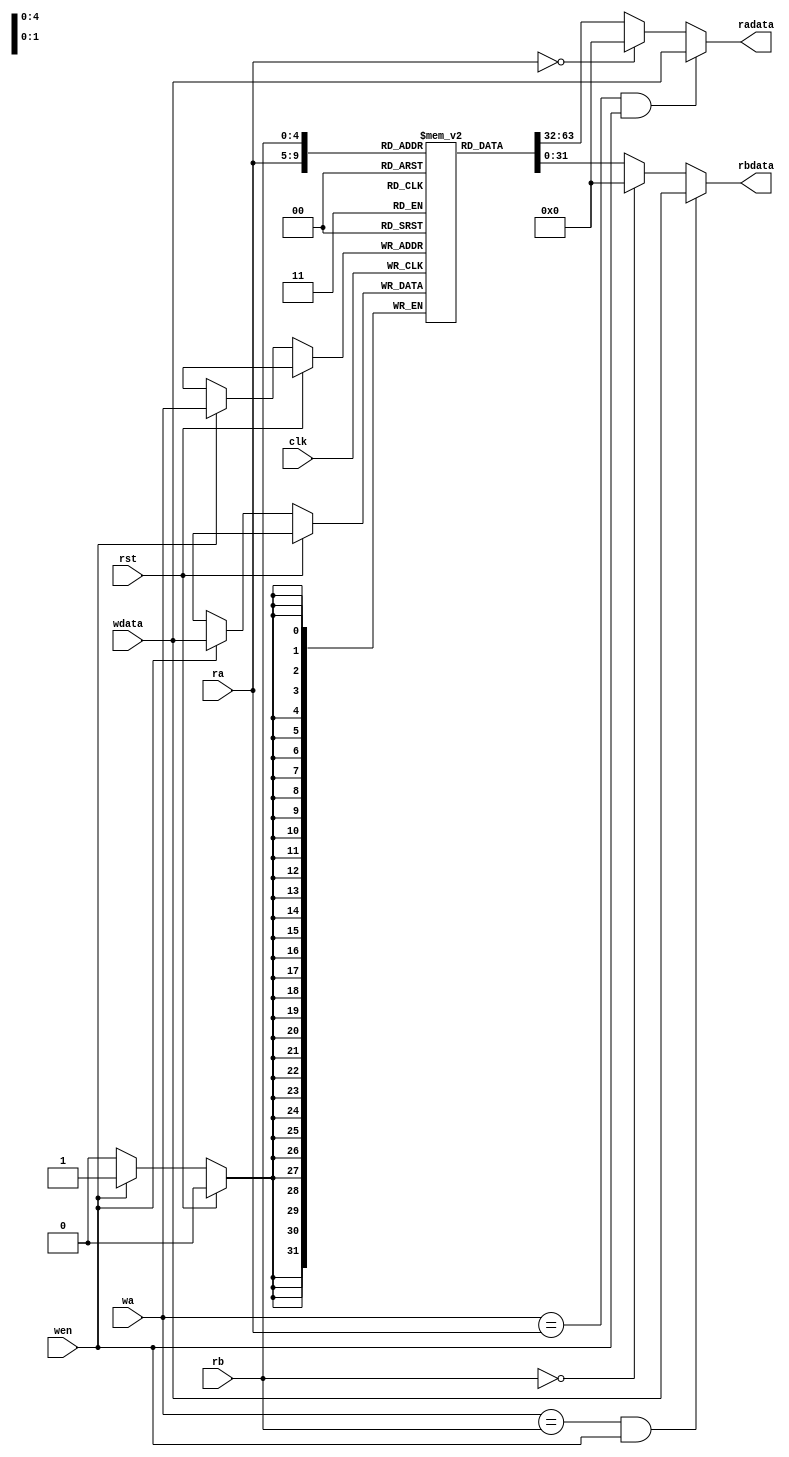
`timescale 1ns / 1ps
/*
 *	Description:  		Register file with 2 read ports and 1 write port
 *                       ** With Internal Forwarding **
 * Revisions:
 *   	2009-Mar-18		Initial Release
 *		2012-June-5 	Yue Gao (Add Internal Forwarding)
 */
 
 module ee457_regfile_2r1w 
	(
	input		[4:0]	ra,
	input		[4:0]	rb,
	input		[4:0]	wa,
	input	 	[31:0]  wdata,
	input          		wen,
	input          		clk,
	input       	   	rst,
	output 		[31:0] 	radata,
	output 		[31:0] 	rbdata
	);
	
	wire 		[31:0] 	radata_no_forwarding;
	wire 		[31:0] 	rbdata_no_forwarding;
	
	
 	parameter INIT_FILE = "reg_file.txt";
	parameter ADDR_SIZE = 5;
	parameter DATA_SIZE = 32;
	
	localparam ARRAY_DEPTH = 1 << ADDR_SIZE;
	
	reg [DATA_SIZE-1:0] 	regarray [0:ARRAY_DEPTH-1];
	
		
	always @ (posedge clk)
	begin
		if (rst)
			//$readmemh(INIT_FILE, array);
			;
		else if (wen)
			regarray[wa] <= wdata;
	end
	
	assign	radata_no_forwarding = (ra == 5'b00000) ? 32'b0 : regarray[ra];
	assign	rbdata_no_forwarding = (rb == 5'b00000) ? 32'b0 : regarray[rb];	
	assign	radata = (wa == ra && wen) ? wdata : radata_no_forwarding;	
	assign	rbdata = (wa == rb && wen) ? wdata : rbdata_no_forwarding;	
endmodule